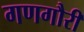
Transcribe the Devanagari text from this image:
गणगौरी